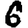
Digit: 6